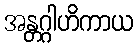
အန္တဂ္ဂါဟိကာယ